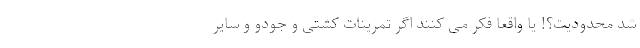
شد محدودیت؟! یا واقعاً فکر می کنند اگر تمرینات کشتی و جودو و سایر